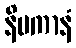
နိပကာနံ